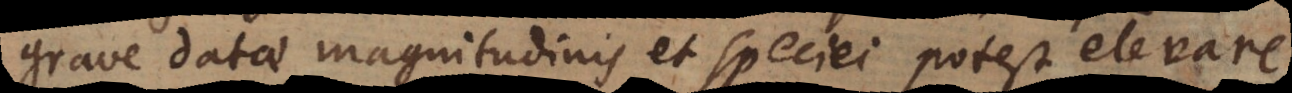
grave datae magnitudinis et speciei potest elevare,